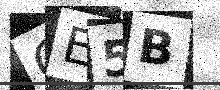
Text: CE5B